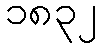
၁၈၃၂